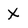
Character: x